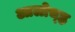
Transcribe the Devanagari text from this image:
आलोच्ह्न